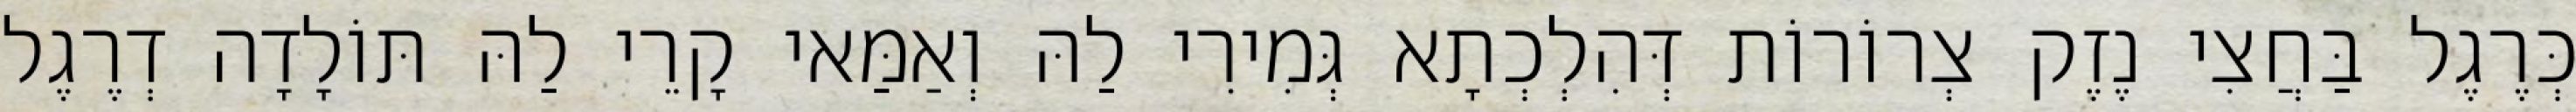
כְּרֶגֶל בַּחֲצִי נֶזֶק צְרוֹרוֹת דְּהִלְכְתָא גְּמִירִי לַהּ וְאַמַּאי קָרֵי לַהּ תּוֹלָדָה דְרֶגֶל